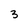
Character: 3